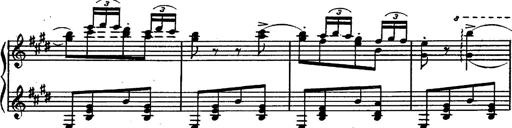
Title: Magyar rapszÃ³diÃ¡k
Composer: Franz Liszt